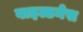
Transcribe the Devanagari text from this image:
वाइल्डनेस